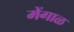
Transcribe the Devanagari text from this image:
मेंगाळ